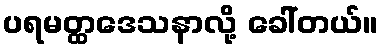
ပရမတ္ထဒေသနာလို့ ခေါ်တယ်။